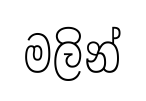
මලින්